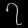
Digit: ၇